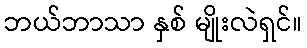
ဘယ်ဘာသာ နှစ် မျိုးလဲရှင်။